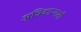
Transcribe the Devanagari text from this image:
अधिकार्‍यासी